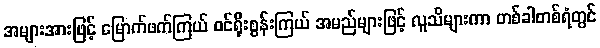
အများအားဖြင့် မြောက်ဖက်ကြယ် ဝင်ရိုးစွန်းကြယ် အမည်များဖြင့် လူသိများကာ တစ်ခါတစ်ရံတွင်